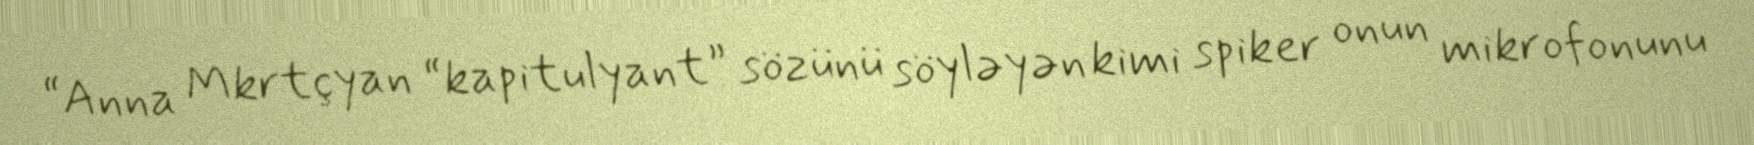
“Anna Mkrtçyan “kapitulyant” sözünü söyləyən kimi spiker onun mikrofonunu